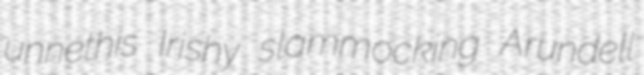
unnethis Irishy slammocking Arundell